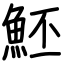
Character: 魾